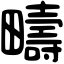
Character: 疇